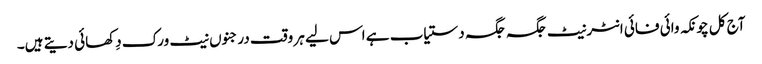
آج کل چونکہ وائی فائی انٹرنیٹ جگہ جگہ دستیاب ہے اس لیے ہر وقت درجنوں نیٹ ورک دِکھائی دیتے ہیں۔